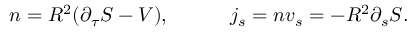
n = R ^ { 2 } { \left( \partial _ { \tau } S - V \right) } , \qquad \quad j _ { s } = n v _ { s } = - R ^ { 2 } \partial _ { s } S .